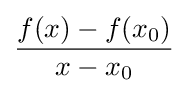
{\frac {f(x)-f(x_{0})}{x-x_{0}}}